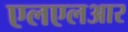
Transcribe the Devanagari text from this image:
एलएलआर